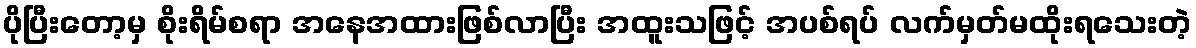
ပိုပြီးတော့မှ စိုးရိမ်စရာ အနေအထားဖြစ်လာပြီး အထူးသဖြင့် အပစ်ရပ် လက်မှတ်မထိုးရသေးတဲ့